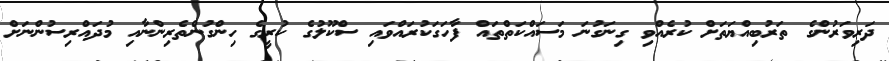
ދަރިވަރުންގެ ތަރުބިއްޔަތަށް ކުރެއްވި ގިނަގުނަ މަސައްކަތްތައް ފާހަގަކުރައްވައި ސްކޫލުގެ ކުރީގެ ހިންގުންތެރިންނާއި މުދައްރިސުންނަށް